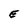
Character: E